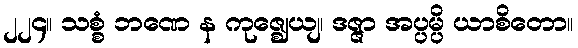
၂၂၄။ သစ္စံ ဘဏေ န ကုဇ္ဈေယျ၊ ဒဇ္ဇာ အပ္ပမ္ပိ ယာစိတော။